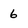
Character: 6